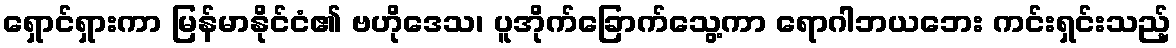
ရှောင်ရှားကာ မြန်မာနိုင်ငံ၏ ဗဟိုဒေသ၊ ပူအိုက်ခြောက်သွေ့ကာ ရောဂါဘယဘေး ကင်းရှင်းသည့်